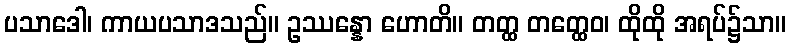
ပသာဒေါ၊ ကာယပသာဒသည်။ ဥဿန္နော ဟောတိ။ တတ္ထ တတ္ထေဝ၊ ထိုထို အရပ်၌သာ။